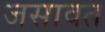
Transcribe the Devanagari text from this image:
जसावत